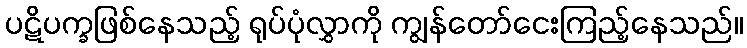
ပဋိပက္ခဖြစ်နေသည့် ရုပ်ပုံလွှာကို ကျွန်တော်ငေးကြည့်နေသည်။